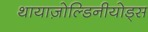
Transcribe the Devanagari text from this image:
थायाज़ोल्डिनीयोड्स